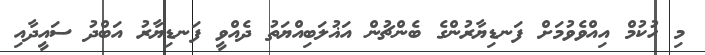
މި ހުކުމް އިއްވެވުމަށް ފަނޑިޔާރުންގެ ބެންޗުން އަޣުލަބިއްޔަތު ދެއްވީ ފަނޑިޔާރު އަބްދު ސައީދާއި